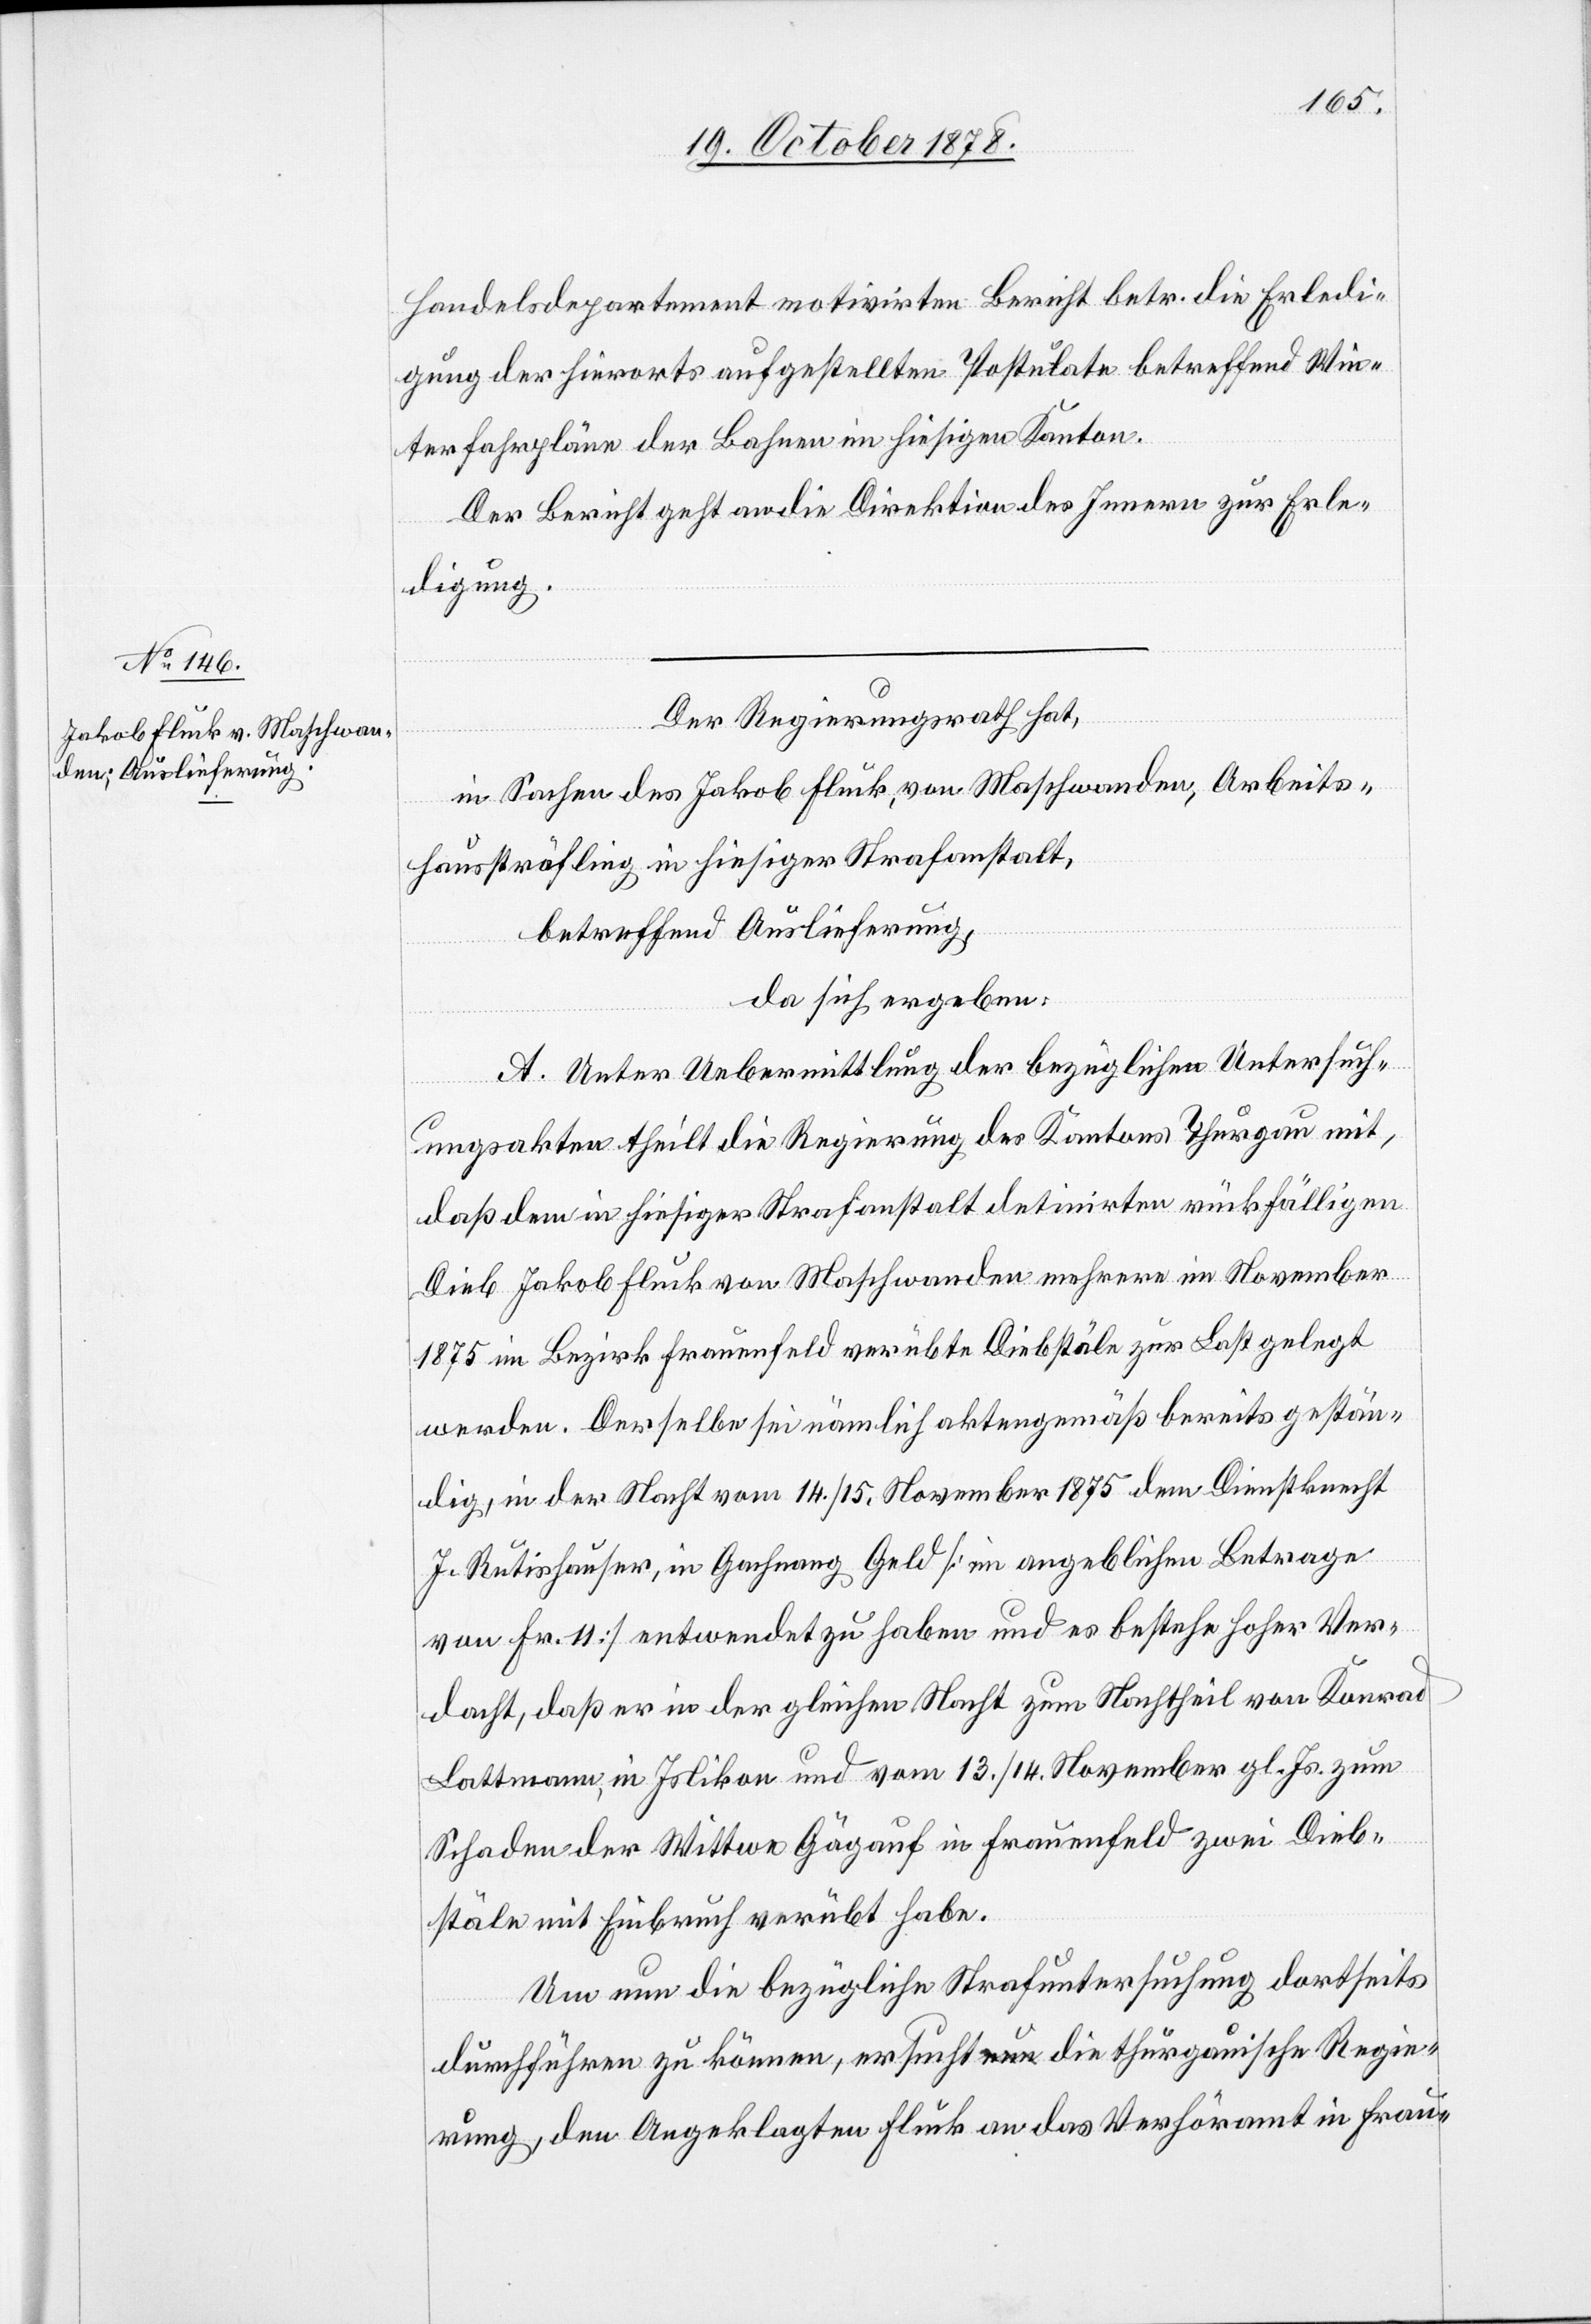
Handelsdepartement motivirten Bericht betr. die Erledi¬
gung der hierorts aufgestellten Postulate betreffend Win¬
terfahrpläne der Bahnen im hiesigen Kanton.
Der Bericht geht an die Direktion des Innern zur Erle¬
digung.
Der Regierungsrath hat,
in Sachen des Jakob Fluck, von Maschwanden, Arbeits¬
haussträfling in hiesiger Strafanstalt,
betreffend Auslieferung,
da sich ergeben:
A. Unter Uebermittlung der bezüglichen Untersuch¬
ungsakten teilt die Regierung des Kantons Thurgau mit,
daß dem in hiesiger Strafanstalt detinirten rückfälligen
Dieb Jakob Fluck von Maschwanden mehrere im November
1875 im Bezirk Frauenfeld verübte Diebstäle zur Last gelegt
werden. Derselbe sei nämlich aktengemäß bereits gestän¬
dig, in der Nacht vom 14./15. November 1875 dem Dienstknecht
J. Rutishauser, in Gachnang Geld [im angeblichen Betrage
von Fr. 11] entwendet zu haben und es bestehe hoher Ver¬
dacht, daß er in der gleicher Nacht zum Nachtheil von Konrad
Lattmann, in Islikon und vom 13./14. November gl. Js. zum
Schaden der Wittwe Gägauf in Frauenfeld zwei Dieb¬
stäle mit Einbruch verübt habe.
Um nun die bezügliche Strafuntersuchung dortseits
durchführen zu können, ersucht die thurgauische Regie¬
rung dem Angeklagten Fluck an das Verhöramt in Frau-